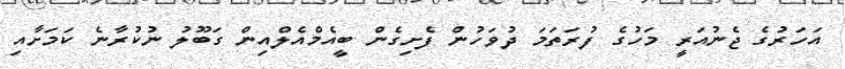
އަހަރުގެ ޖެނުއަރީ މަހުގެ ފުރަތަމަ ދުވަހުން ފެށިގެން ބީއެމްއެލްއިން ގަބޫލު ނުކުރާނެ ކަމަށާއި